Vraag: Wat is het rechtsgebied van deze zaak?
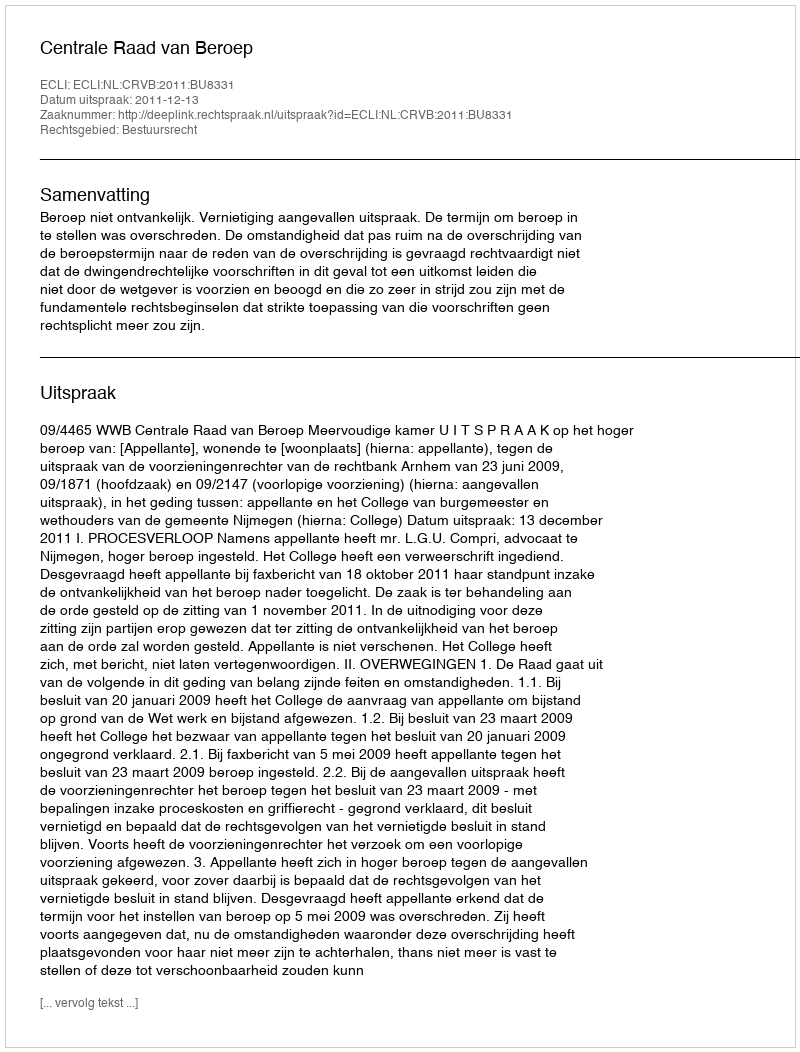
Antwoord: Bestuursrecht